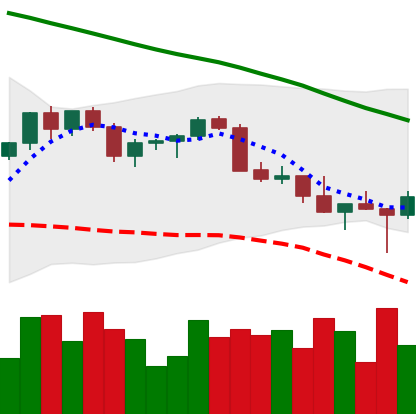
Ticker: XMR-USD
Chart end date: 2022-02-25
Forward return: 15.795%
Label: up_7plus